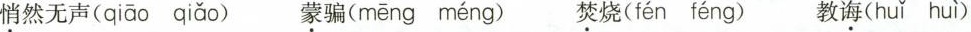
\underset{·}{悄}然无声( qiāo qiǎo ) \underset{·}{蒙}骗( mēng méng ) \underset{·}{焚}烧( fén féng )教\underset{·}{诲}( huǐ huì )